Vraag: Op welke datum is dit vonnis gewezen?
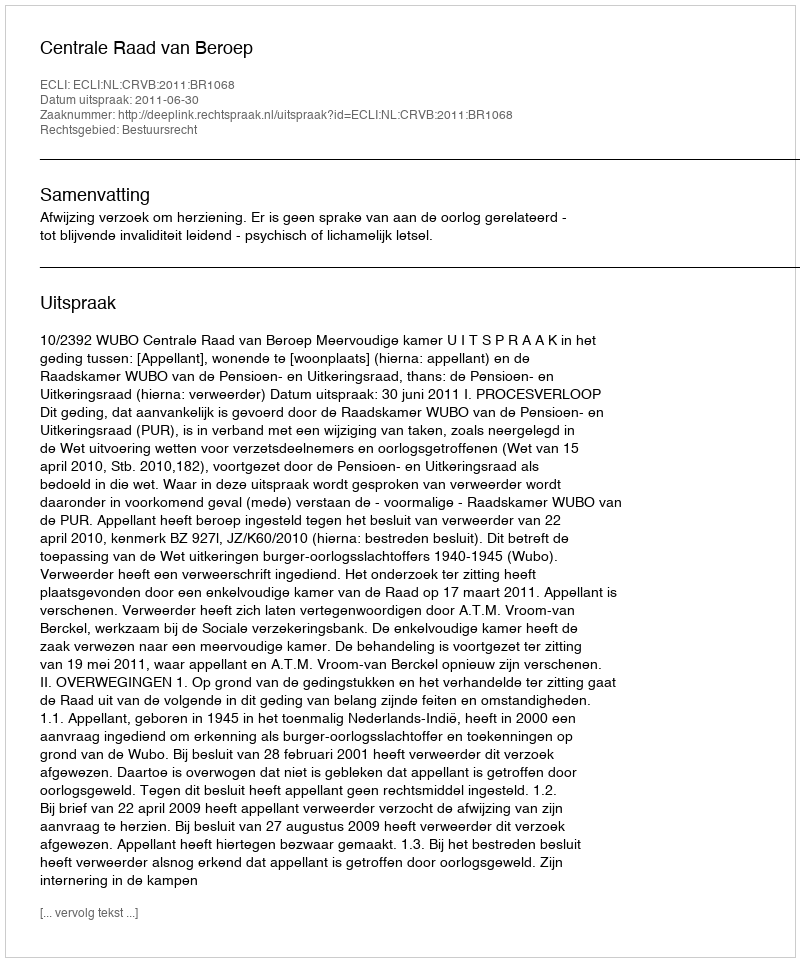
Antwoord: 2011-06-30